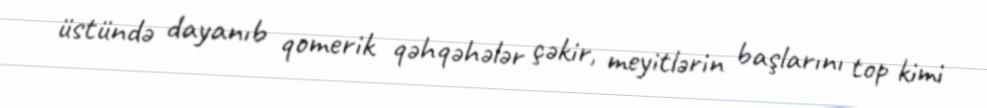
üstündə dayanıb qomerik qəhqəhələr çəkir, meyitlərin başlarını top kimi